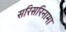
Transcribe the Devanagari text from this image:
सरिसरिनामा